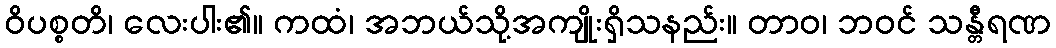
ဝိပစ္စတိ၊ လေးပါး၏။ ကထံ၊ အဘယ်သို့အကျိုးရှိသနည်း။ တာဝ၊ ဘဝင် သန္တီရဏ